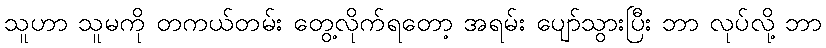
သူဟာ သူမကို တကယ်တမ်း တွေ့လိုက်ရတော့ အရမ်း ပျော်သွားပြီး ဘာ လုပ်လို့ ဘာ